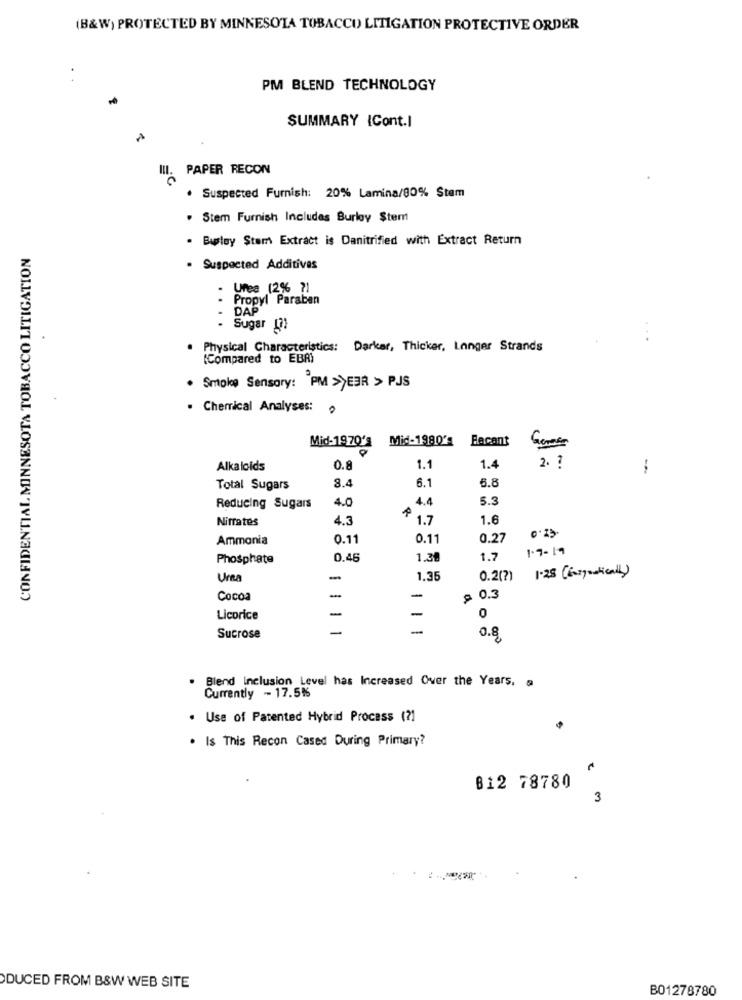
(B&W) PROTECTED BY MINNESOTA TOBACCO LITIGATION PROTECTIVE ORDER
PM BLEND TECHNOLOGY
SUMMARY {Cont.I
III.
PAPER RECON
· Suspected Furnish: 20% Lamina/80% Stem
. Stem Furnish Includes Burley Stem
. Burley Stem Extract is Danitrified with Extract Return
CONFIDENTIAL MINNESOTA TOBACCO LITIGATION
. Suspected Additives
Urea (2% ?]
.
Propyl Paraben
- DAP
Sugar (7)
. .
. Physical Characteristics: Darkar, Thicker, Langer Strands
(Compared to EBA)
Smoke Sensory: PM >>EBR > PJS
. Chemical Analyses:
Mid-1970's
Mid-1980's
Facant
Alkaloids
0.8
1.1
1.4
2. ?
-
8.4
6.1
6.8
Total Sugars
4.0
4.4
5.3
Reducing Sugars
Nirrates
4.3
1.7
1.6
Ammonia
0.11
0.11
0.27
1.9-19
Phosphate
0.46
1.30
1.7
1.25 (Burgostically)
1.35
0.2(?)
Cocoa
-
-
$ 0.3
-
-
Licorice
0
-
Sucrose
0.8.
Blend Inclusion Level has Increased Over the Years, a
Currently - 17.5%%
. Use of Patented Hybrid Process (?)
. Is This Recon Cased During Primary?
812 78780
3
DUCED FROM B&W WEB SITE
B01278780